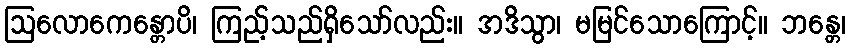
ဩလောကေန္တောပိ၊ ကြည့်သည်ရှိသော်လည်း။ အဒိသွာ၊ မမြင်သောကြောင့်။ ဘန္တေ၊